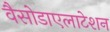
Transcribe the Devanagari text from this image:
वैसोडाएलाटेशन